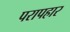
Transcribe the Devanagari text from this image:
परापहार